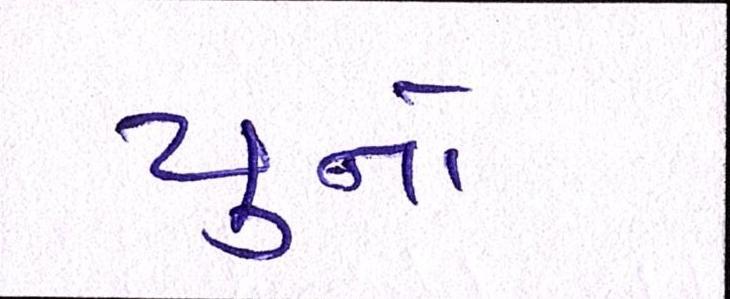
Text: યુનો